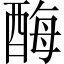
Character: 酶